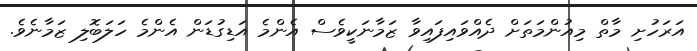
އަރަހުށި މާތް މިއުންމަތަށް ދެއްވައިފައިވާ ޒަމާނަކީވެސް އެންމެ އަޑިގުޑަން އެންމެ ހަލަބޮލި ޒަމާނެވެ.